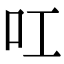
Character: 叿